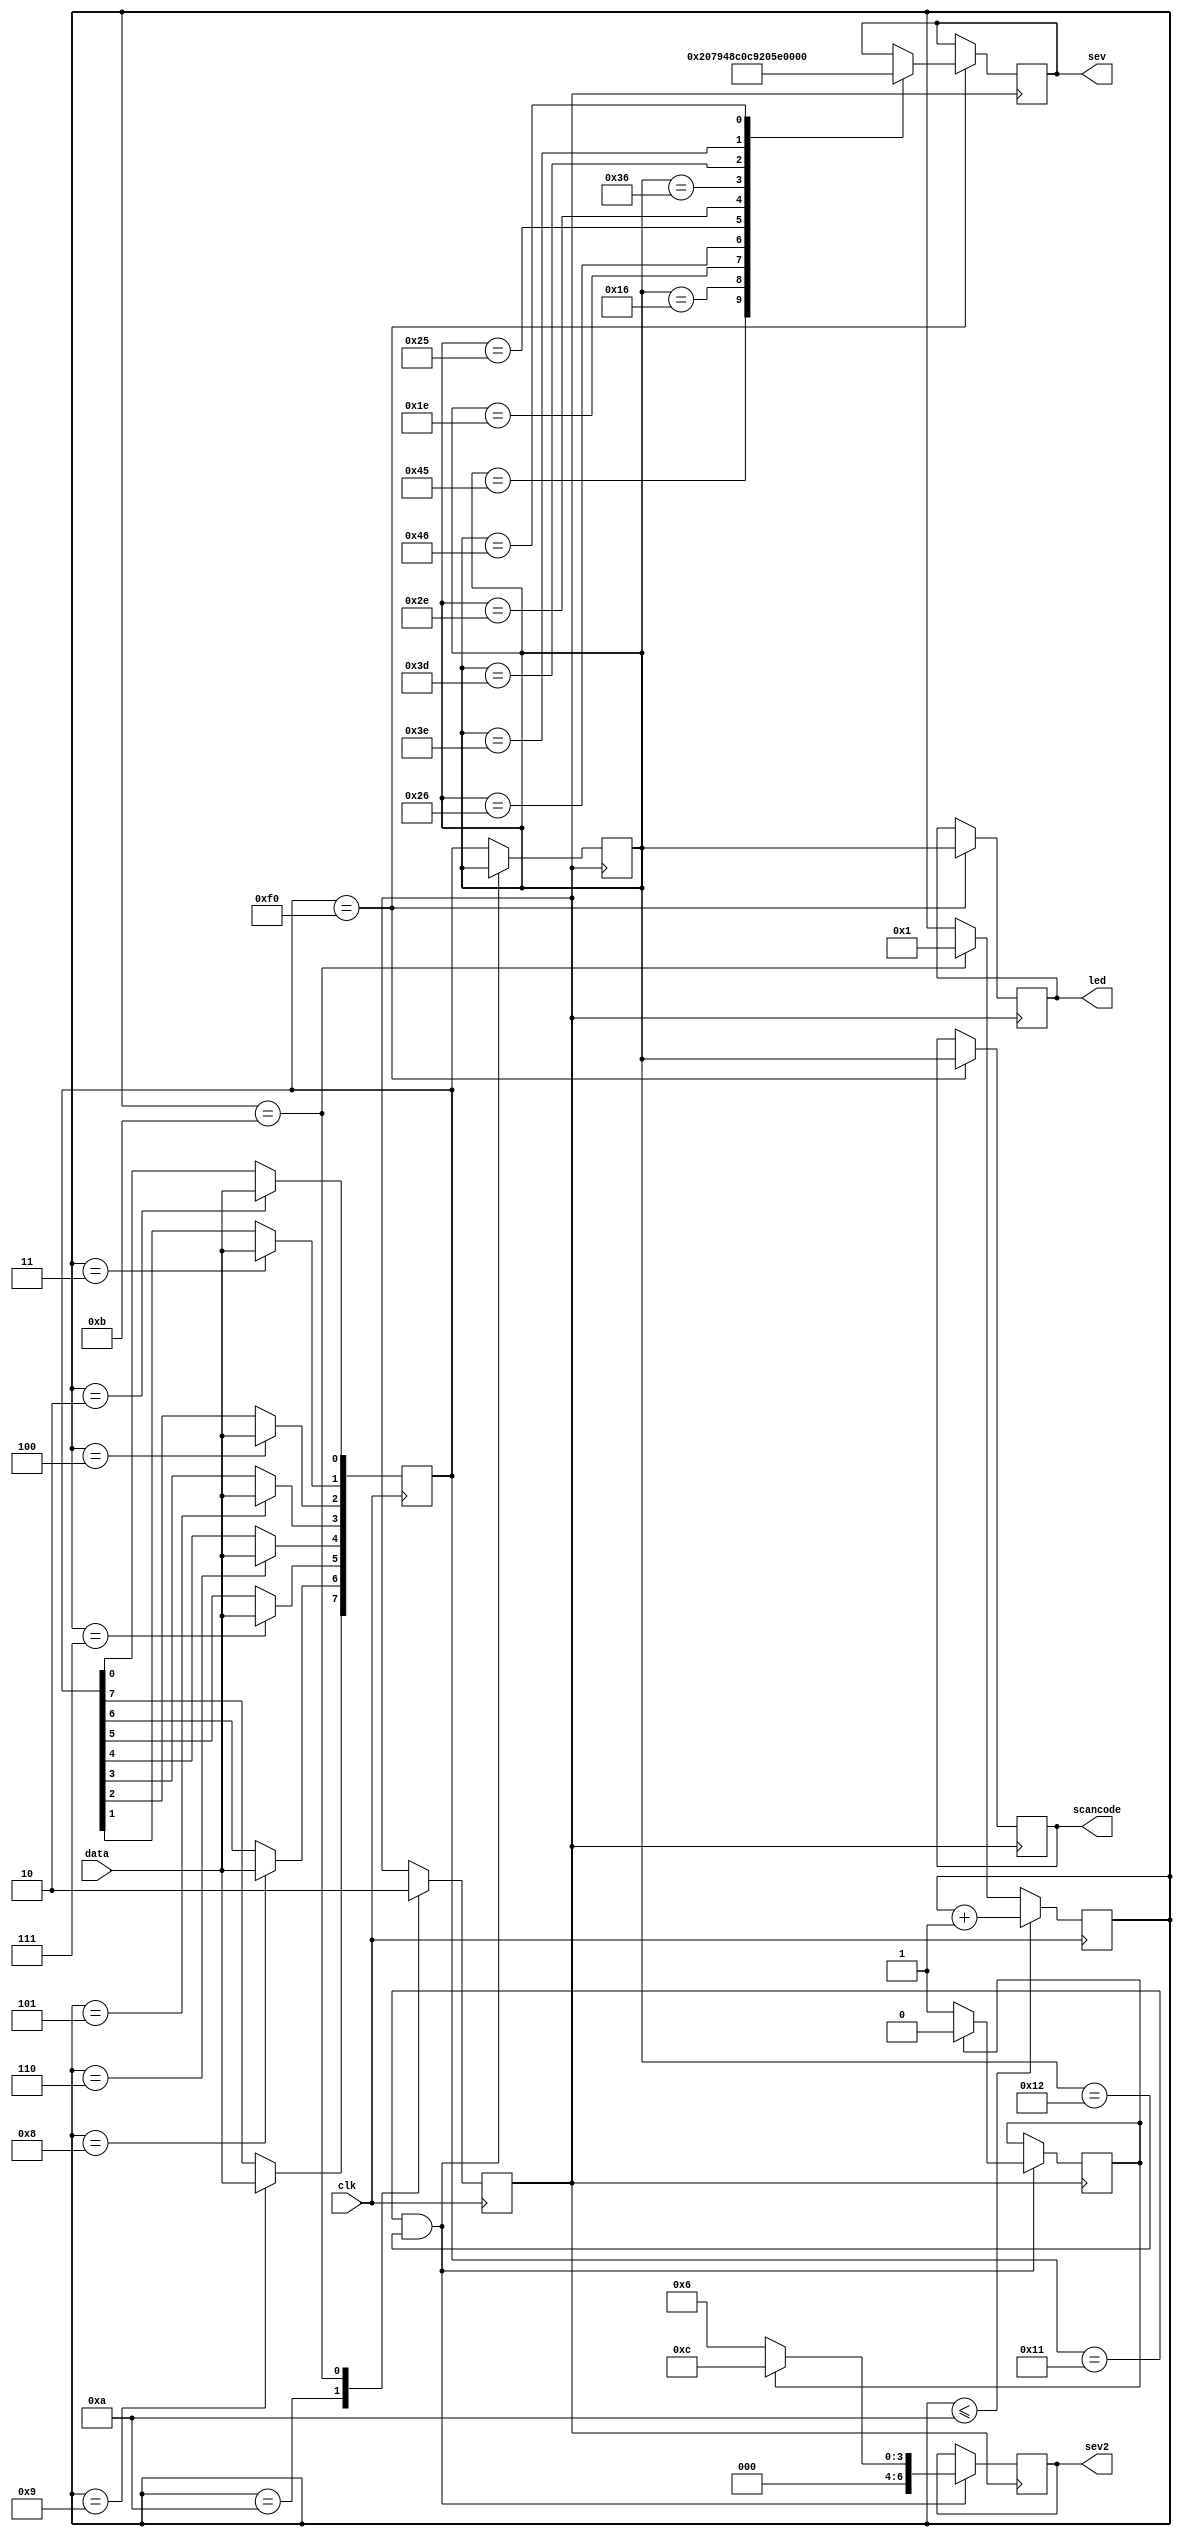
module pspop_klav
(
input wire clk,
input wire data,
output reg [7:0] led,
output reg [6:0] sev, // 
output reg [6:0] sev2, //  

///
output reg [7:0] scancode //    1  9
///

);
reg [7:0] data_curr;
reg [7:0] data_pre;
reg [3:0] b;
reg flag;
reg lang;

initial
begin
b<=4'h1;
flag<=1'b0;
data_curr<=8'hf0;
data_pre<=8'hf0;
led<=8'hf0;

sev2<=7'b1110011; //  
lang<=0; //   0   
end

always @(negedge clk)
begin
case(b)
1:;
2:data_curr[0]<=data;
3:data_curr[1]<=data;
4:data_curr[2]<=data;
5:data_curr[3]<=data;
6:data_curr[4]<=data;
7:data_curr[5]<=data;
8:data_curr[6]<=data;
9:data_curr[7]<=data;
10:flag<=1'b1;
11:flag<=1'b0;
endcase
if (b<=10)
b<=b+1;
else if (b==11)
b<=1;
end

always @ (posedge flag)
begin
if (data_curr==8'hf0)
begin
led<=data_pre;
///if (lang==0)///
///begin///


///
scancode <= data_pre;
///


case(data_pre)
8'h45:sev<=7'b1000000; //0
8'h16:sev<=7'b1111001; //1
8'h1E:sev<=7'b0100100; //2
8'h26:sev<=7'b0110000; //3
8'h25:sev<=7'b0011001; //4
8'h2E:sev<=7'b0010010; //5
8'h36:sev<=7'b0000010; //6
8'h3D:sev<=7'b1111000; //7
8'h3E:sev<=7'b0000000; //8
8'h46:sev<=7'b0010000; //9
endcase
///end///

/* :   ,   1  
else if (lang==1) ///
begin///
case(data_pre)
8'h45:sev<=7'b1000000; //0
8'h16:sev<=7'b1000000; //1
8'h1E:sev<=7'b1111001; //2
8'h26:sev<=7'b0100100; //3
8'h25:sev<=7'b0110000; //4
8'h2E:sev<=7'b0011001; //5
8'h36:sev<=7'b0010010; //6
8'h3D:sev<=7'b0000010; //7
8'h3E:sev<=7'b1111000; //8
8'h46:sev<=7'b0000000; //9
endcase
end///
*/

end
if (data_curr==8'h11 && data_pre==8'h12)
begin
if (lang==0)
begin
sev2<=7'b0000110; //E
lang<=1;
end
else
begin
sev2<=7'b0001100; //P
lang<=0;
end
end
else
data_pre<=data_curr;
end
endmodule